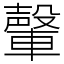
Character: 䡰